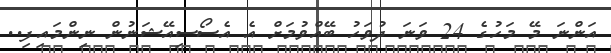
އަންނަ މޭ މަހުގެ 24 ވަނަ ދުވަހު ބޭއްވުމަށް އެ އެސޯސިއޭޝަނުން ނިންމައިފި..